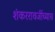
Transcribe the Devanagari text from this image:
शंकररावजींच्याच